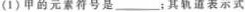
(1)甲的元素符号是___；其轨道表示式